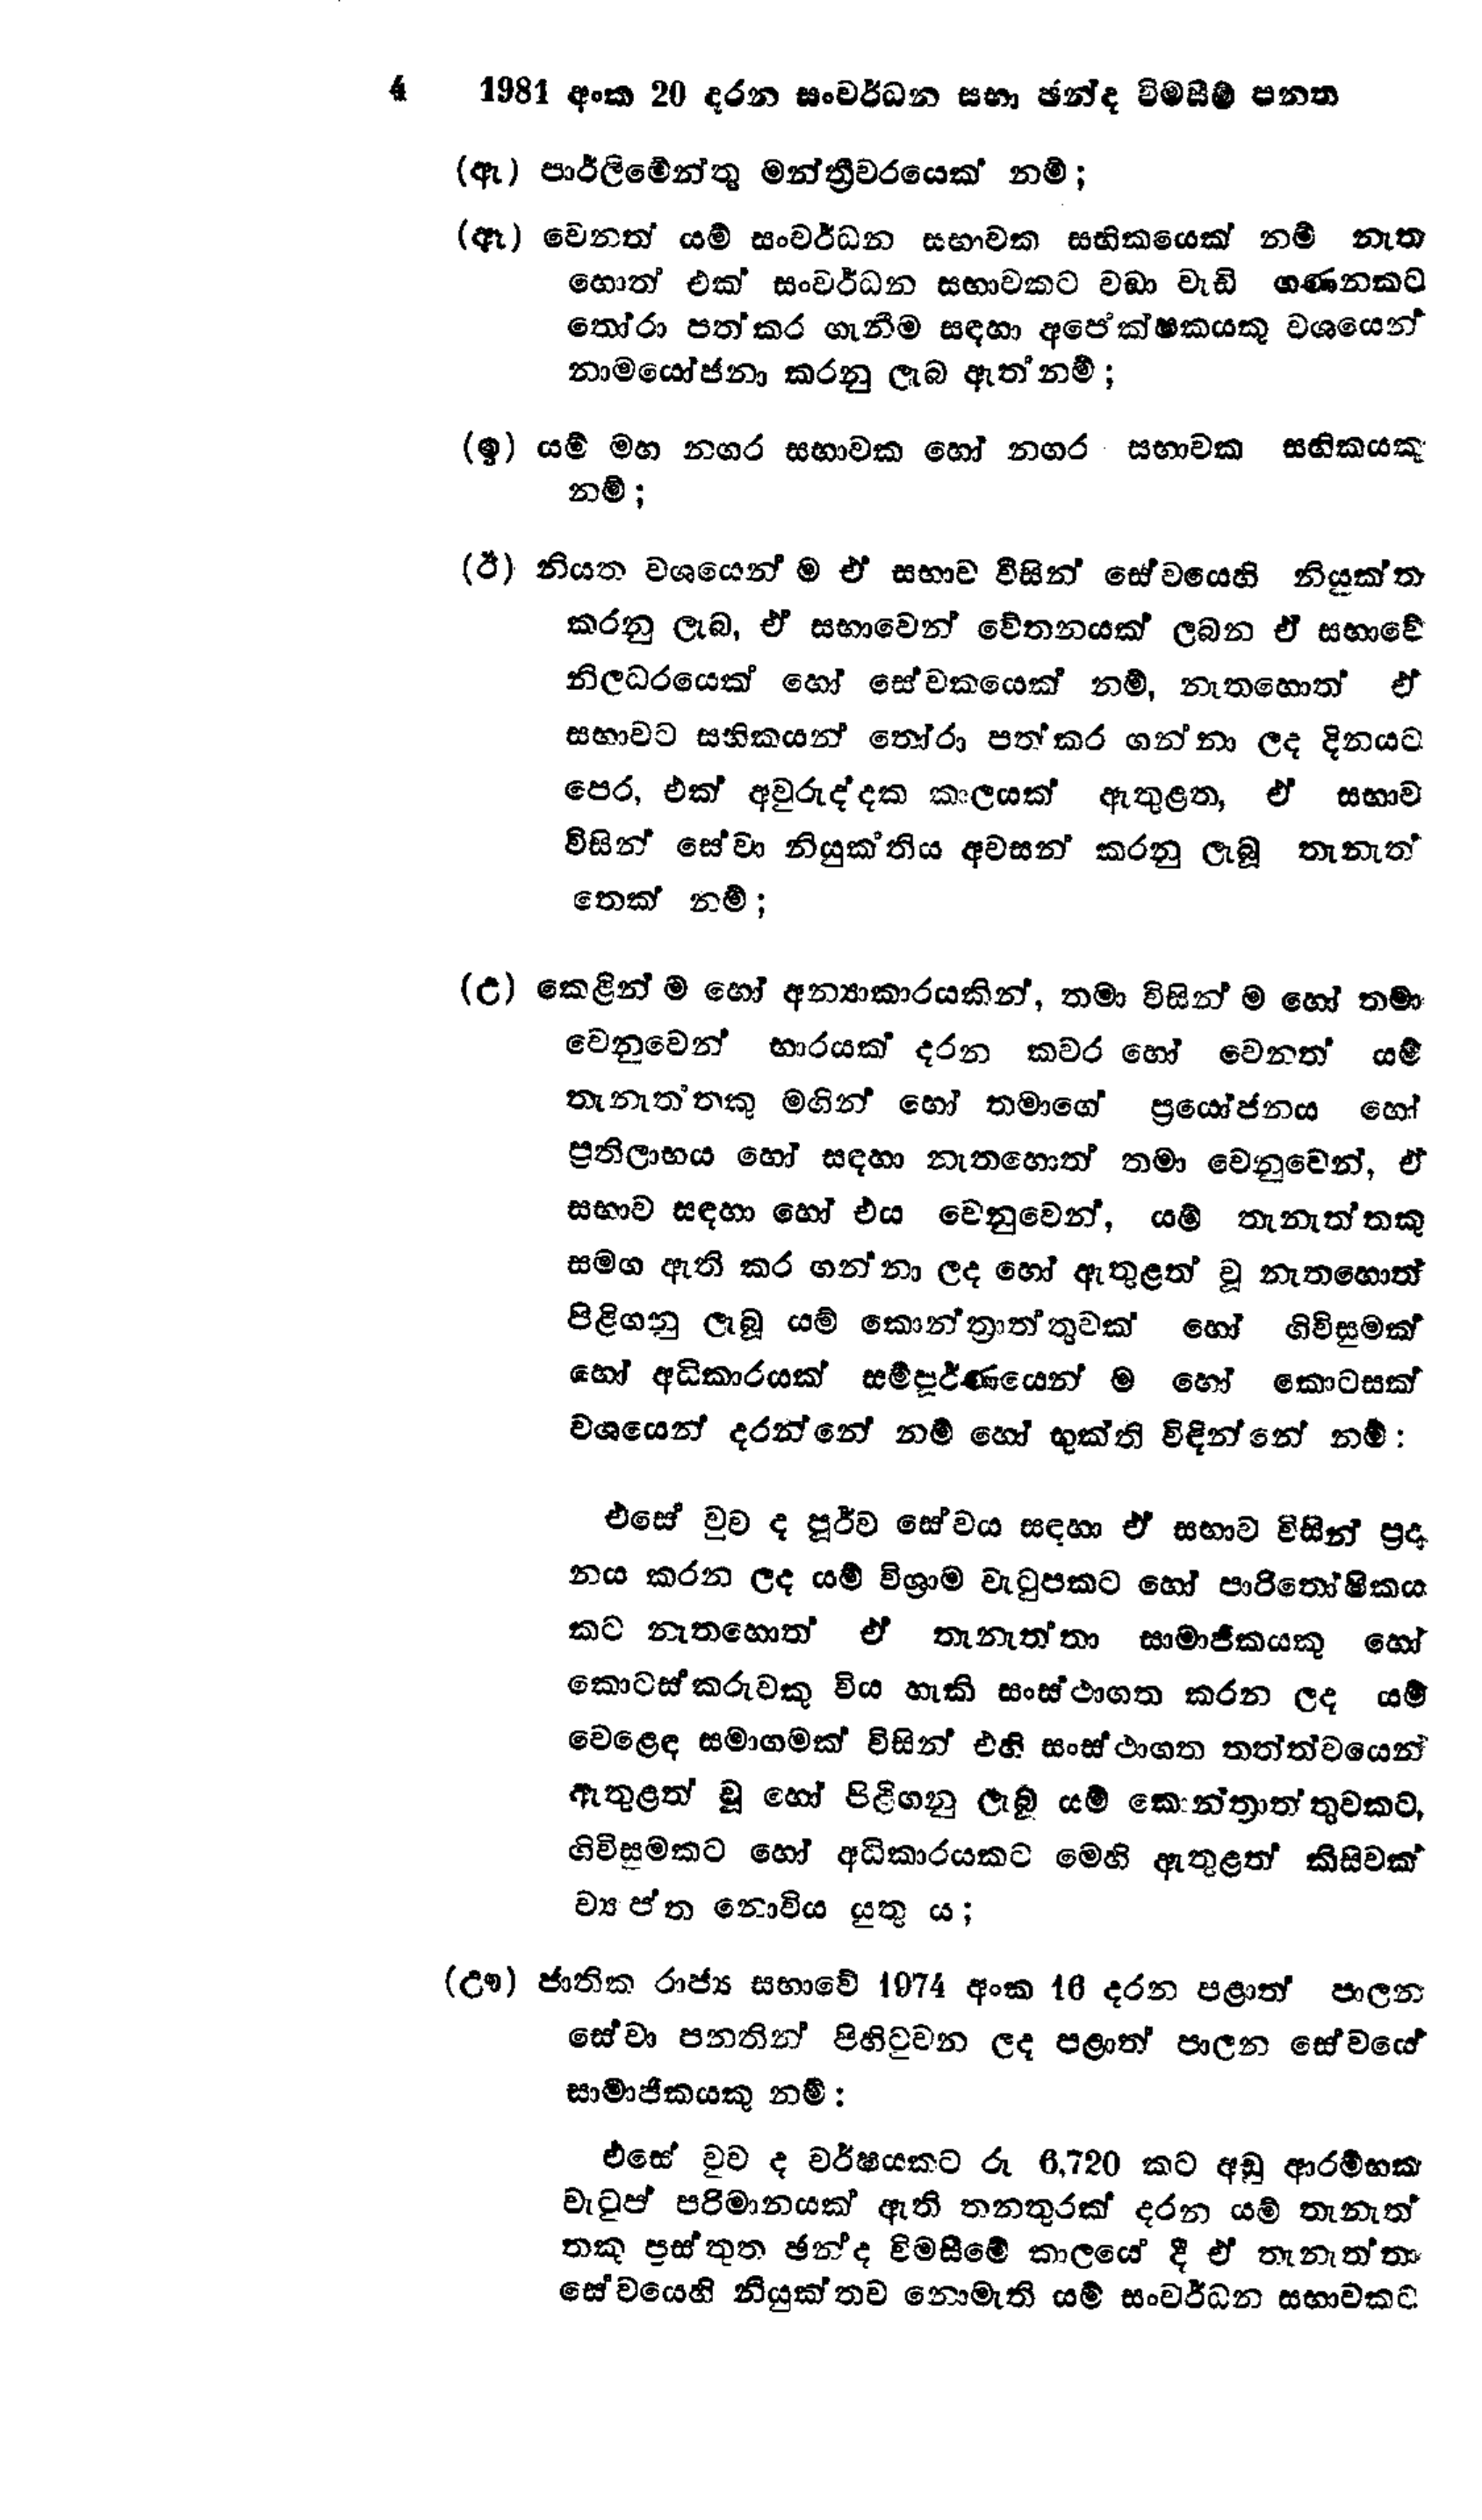
4 1981 අංක 20 දරන සංවර්ධන සභා ඡන්ද විමසීම් පනත

(ඇ) පාර්ලිමේන්තු මන්ත්‍රීවරයෙක් නම්;

(ඈ) වෙනත් යම් සංවර්ධන සභාවක සභිකයෙක් නම් නැත
හොත් එක් සංවර්ධන සභාවකට වඩා වැඩි ගණනකට
තෝරා පත් කර ගැනීම සඳහා අපේක්ෂකයකු වශයෙන්
නාමයෝජනා කරනු ලැබ ඇත්නම් ;

(ඉ) යම් මහ නගර සභාවක හෝ නගර සභාවක සභිකයකු
නම් ;

(ඊ) නියත වශයෙන් ම ඒ සභාව විසින් සේවයෙහි නියුක්ත
කරනු ලැබ, ඒ සභාවෙන් වේතනයක් ලබන ඒ සභාවේ
නිලධරයෙක් හෝ සේවකයෙක් නම්, නැතහොත් ඒ
සභාවට සභිකයන් තෝරා පත් කර ගන්නා ලද දිනයට
පෙර, එක් අවුරුද්දක කාලයක් ඇතුළත, ඒ සභාව
විසින් සේවා නියුක්තිය අවසන් කරනු ලැබූ තැනැත්
තෙක් නම් ;

(උ) කෙළින්ම හෝ අන්‍යාකාරයකින්, තමා විසින් ම හෝ තමා
වෙනුවෙන් භාරයක් දරන කවර හෝ වෙනත් යම්
තැනැත්තකු මගින් හෝ තමාගේ ප්‍රයෝජනය හෝ
ප්‍රතිලාභය හෝ සඳහා නැතහොත් තමා වෙනුවෙන්, ඒ
සභාව සඳහා හෝ එය වෙනුවෙන්, යම් තැනැත්තකු
සමග ඇති කර ගන්නා ලද හෝ ඇතුළත් වූ නැතහොත්
පිළිගනු ලැබූ යම් කොන්ත්‍රාත්තුවක් හෝ ගිවිසුමක්
හෝ අධිකාරයක් සම්පූර්ණයෙන් ම හෝ කොටසක්
වශයෙන් දරන්නේ නම් හෝ භුක්ති විඳින්නේ නම් :

එසේ වුව ද පූර්ව සේවය සඳහා ඒ සභාව විසින් ප්‍රදා
නය කරන ලද යම් විශ්‍රාම වැටුපකට හෝ පාරිතෝෂිකය
කට නැතහොත් ඒ තැනැත්තා සාමාජිකයකු හෝ
කොටස්කරුවකු විය හැකි සංස්ථාගත කරන ලද යම්
වෙළෙඳ සමාගමක් විසින් එහි සංස්ථාගත තත්ත්වයෙන්
ඇතුළත් වූ හෝ පිළිගනු ලැබූ යම් කොන්ත්‍රාත්තුවකට,
ගිවිසුමකට හෝ අධිකාරයකට මෙහි ඇතුළත් කිසිවක්
ව්‍යාප්ත නොවිය යුතු ය;

(ඌ) ජාතික රාජ්‍ය සභාවේ 1974 අංක 16 දරන පළාත් පාලන
සේවා පනතින් පිහිටුවන ලද පළාත් පාලන සේවයේ
සාමාජිකයකු නම්:

  එසේ වුව ද වර්ෂයකට රූ 6,720 කට අඩු ආරම්භක
වැටුප් පරිමානයක් ඇති තනතුරක් දරන යම් තැනැත්
තකු ප්‍රස්තුත ඡන්ද විමසීමේ කාලයේ දී ඒ තැනැත්තා
සේවයෙහි නියුක්තව නොමැති යම් සංවර්ධන සභාවකට